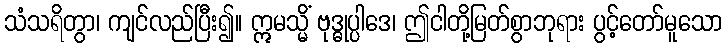
သံသရိတွာ၊ ကျင်လည်ပြီး၍။ ဣမသ္မိံ ဗုဒ္ဓုပ္ပါဒေ၊ ဤငါတို့မြတ်စွာဘုရား ပွင့်တော်မူသော